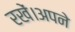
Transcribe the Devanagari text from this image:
रखें।अपने